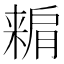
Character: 𣘾